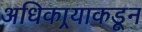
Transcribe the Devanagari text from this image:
अधिकार्‍याकडून